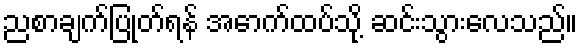
ညစာချက်ပြုတ်ရန် အောက်ထပ်သို့ ဆင်းသွားလေသည်။